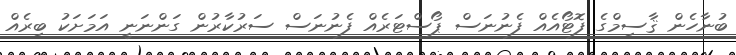
ބުނާހެން ޤާސިމްގެ ފޮޓޯއެއް ފެނުނަސް ޕޯސްޓަރެއް ފެނުނަސް ސަރުކާރުން ގަންނަނީ އަމަށަކު ބިރެއް